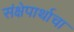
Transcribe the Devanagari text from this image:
संक्षेपार्थाचा